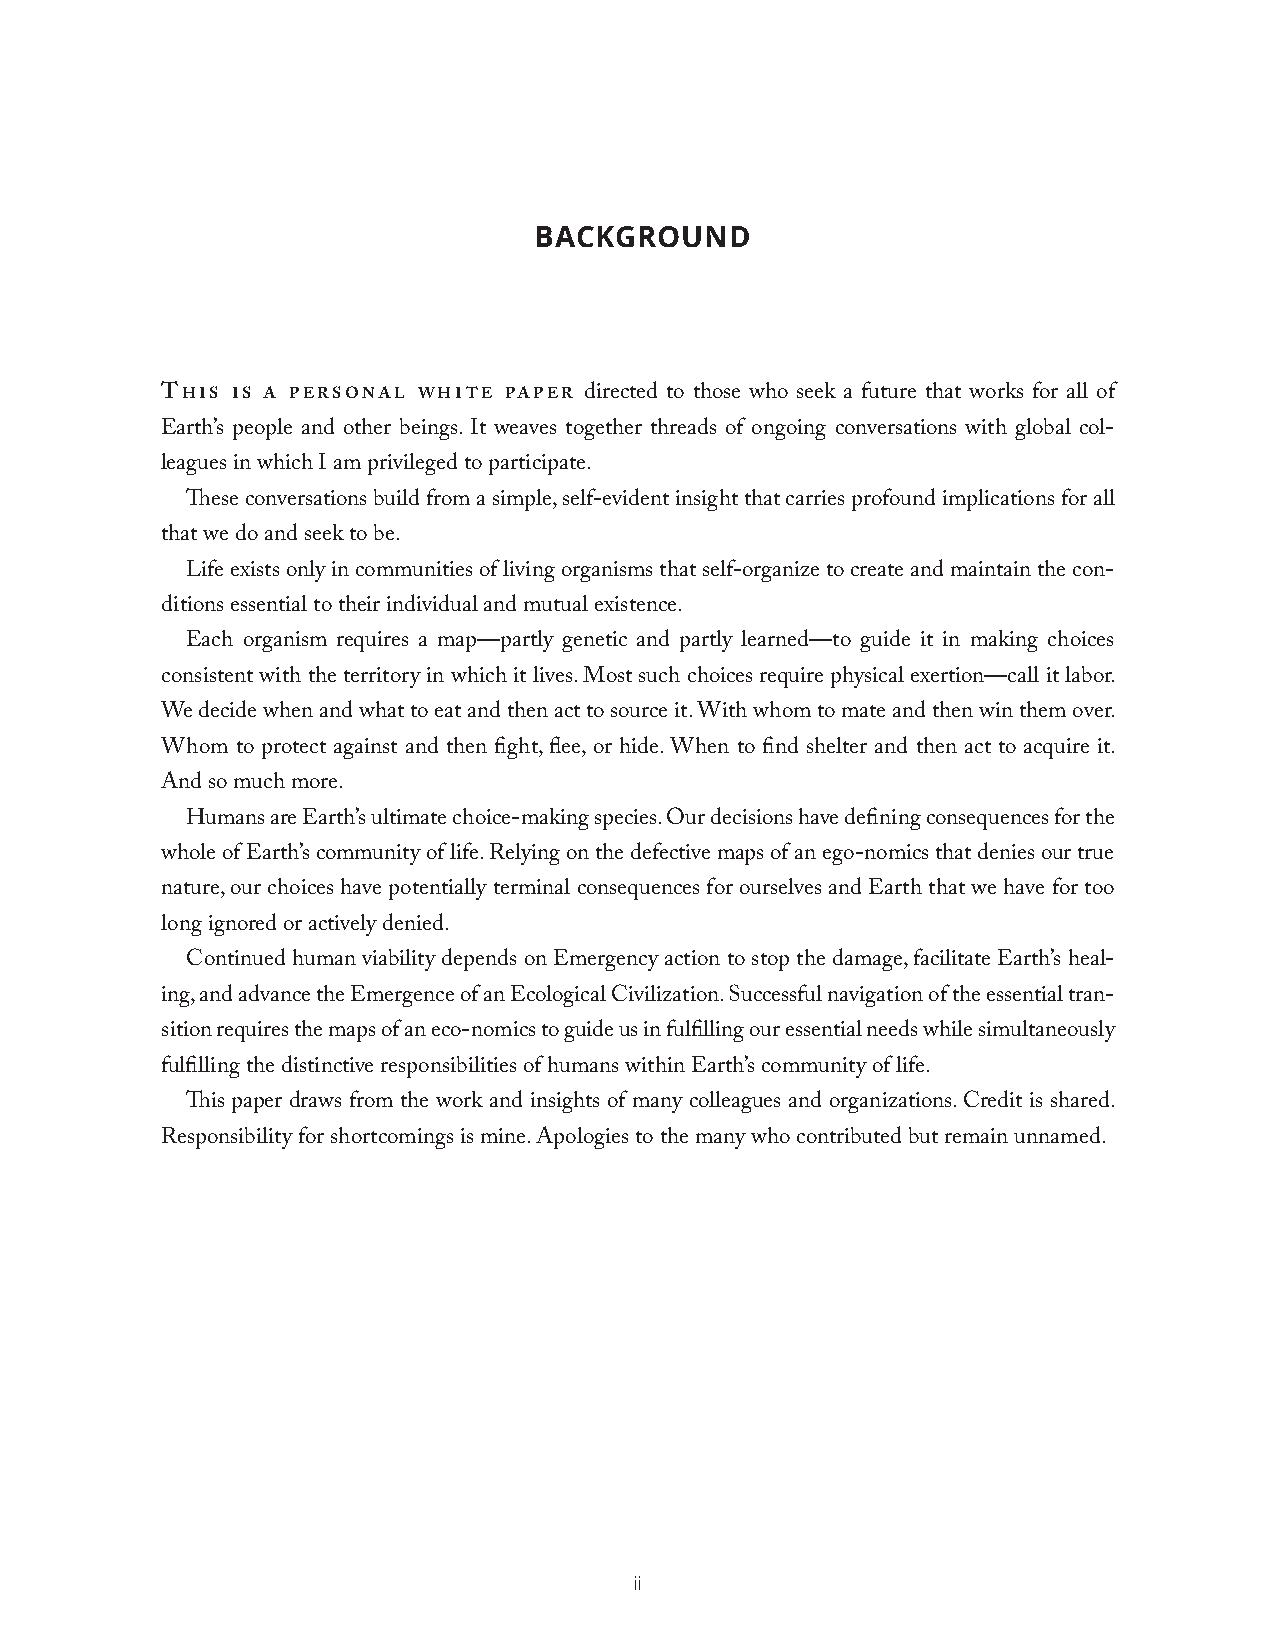
BACKGROUND
 This is a personal whiTe paper directed to those who seek a future that works for all of
 Earth’s people and other beings. It weaves together threads of ongoing conversations with global col-
 leagues in which I am privileged to participate.
 These conversations build from a simple, self-evident insight that carries profound implications for all
 that we do and seek to be.
 Life exists only in communities of living organisms that self-organize to create and maintain the con-
 ditions essential to their individual and mutual existence.
 Each organism requires a map—partly genetic and partly learned—to guide it in making choices
 consistent with the territory in which it lives. Most such choices require physical exertion—call it labor.
 We decide when and what to eat and then act to source it. With whom to mate and then win them over.
 Whom to protect against and then fight, flee, or hide. When to find shelter and then act to acquire it.
 And so much more.
 Humans are Earth’s ultimate choice-making species. Our decisions have defining consequences for the
 whole of Earth’s community of life. Relying on the defective maps of an ego-nomics that denies our true
 nature, our choices have potentially terminal consequences for ourselves and Earth that we have for too
 long ignored or actively denied.
 Continued human viability depends on Emergency action to stop the damage, facilitate Earth’s heal-
 ing, and advance the Emergence of an Ecological Civilization. Successful navigation of the essential tran-
 sition requires the maps of an eco-nomics to guide us in fulfilling our essential needs while simultaneously
 fulfilling the distinctive responsibilities of humans within Earth’s community of life.
 This paper draws from the work and insights of many colleagues and organizations. Credit is shared.
 Responsibility for shortcomings is mine. Apologies to the many who contributed but remain unnamed.
 ii